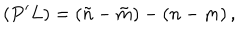
( P ^ { \prime } L ) = ( \tilde { n } - \tilde { m } ) - ( n - m ) \, ,